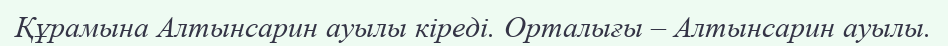
Құрамына Алтынсарин ауылы кіреді. Орталығы – Алтынсарин ауылы.